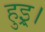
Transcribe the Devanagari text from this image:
हुइ्र।